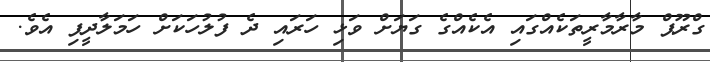
ގްރޫޕް މާރާމާރީތަކެއްގައި އެކެއްގެ ގަޔަށް ވަޅި ހަރައި ދެ ފުލުހަކަށް ހަމަލާދީފި އެވެ.